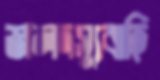
জলদস্যুবাহি